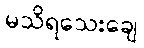
မသိရသေးချေ